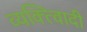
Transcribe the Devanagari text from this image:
व्यक्त्विादी